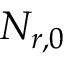
N _ { r , 0 }